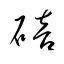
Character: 碚